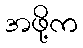
အဖို့က